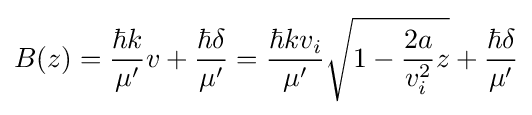
B(z)={\frac {\hbar k}{\mu '}}v+{\frac {\hbar \delta }{\mu '}}={\frac {\hbar kv_{i}}{\mu '}}{\sqrt {1-{\frac {2a}{v_{i}^{2}}}z}}+{\frac {\hbar \delta }{\mu '}}